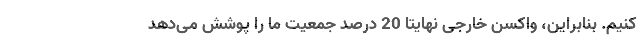
کنیم. بنابراین، واکسن خارجی نهایتاً 20 درصد جمعیت ما را پوشش می‌دهد